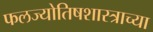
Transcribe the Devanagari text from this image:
फलज्योतिषशास्त्राच्या